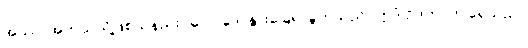
အဿ၊ အဘယ်သို့ဖြစ်သနည်း။ ဂေါပဒေ၊ နွားခြေရာခွက်သည်။ ဣဒံ ဥဒကံ၊ ဤရေသည်။